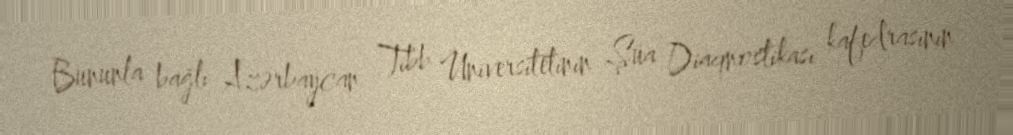
Bununla bağlı Azərbaycan Tibb Universitetinin Şüa Diaqnostikası kafedrasının